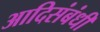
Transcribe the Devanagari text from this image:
आदिसंबंधी